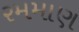
રમમાણ